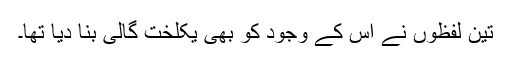
تین لفظوں نے اس کے وجود کو بھی یکلخت گالی بنا دیا تھا۔